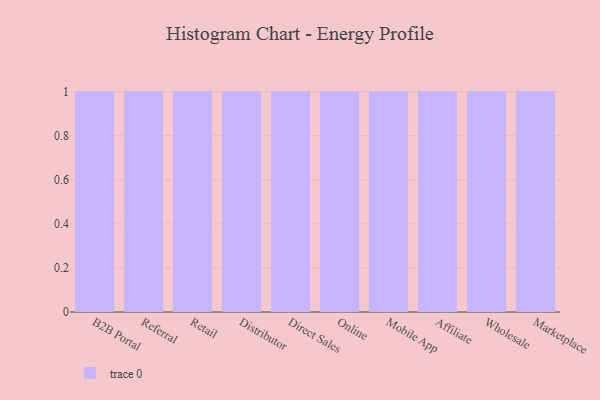
{"axis": {"x": "Channel", "y": "Budget (USD K)"}, "legend": [""], "data": [{"x": "B2B Portal", "y": 54, "type": ""}, {"x": "Referral", "y": 42, "type": ""}, {"x": "Retail", "y": 100, "type": ""}, {"x": "Distributor", "y": 31, "type": ""}, {"x": "Direct Sales", "y": 52, "type": ""}, {"x": "Online", "y": 62, "type": ""}, {"x": "Mobile App", "y": 10, "type": ""}, {"x": "Affiliate", "y": 59, "type": ""}, {"x": "Wholesale", "y": 9, "type": ""}, {"x": "Marketplace", "y": 51, "type": ""}]}